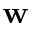
\mathbf { w }